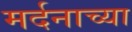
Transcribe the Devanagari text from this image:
मर्दनाच्या